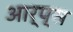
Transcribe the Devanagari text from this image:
आर्प्स